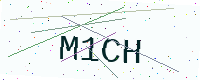
Text: M1CH